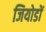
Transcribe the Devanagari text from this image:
जियोडों